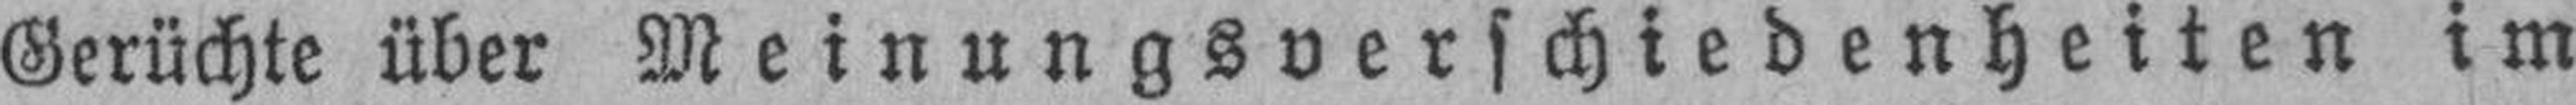
Gerüchte über Meinungsverschiedenheiten im